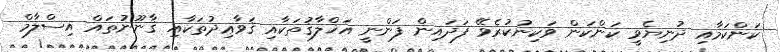
ކަންކަމާއި ދުނިޔެވީ ކަންކަން ވަކިނުކުރެވޭ ފަދައިން ފަންނީ އަޚްލާޤުތަކާއި ޤަވާޢިދުތަކާއި ޤާނޫނުތައް އިސްލާމް